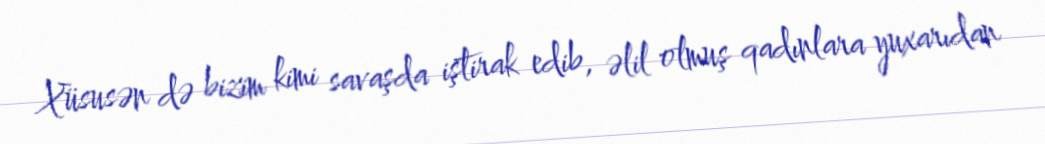
Xüsusən də bizim kimi savaşda iştirak edib, əlil olmuş qadınlara yuxarıdan